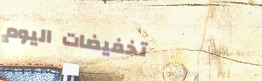
تخفيضات اليوم